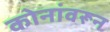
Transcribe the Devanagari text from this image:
कोनांवरून